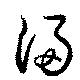
浸